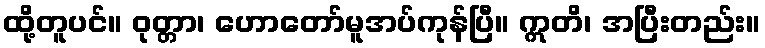
ထို့တူပင်။ ဝုတ္တာ၊ ဟောတော်မူအပ်ကုန်ပြီ။ ဣတိ၊ အပြီးတည်း။